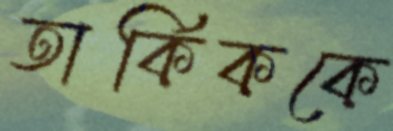
তার্কিককে